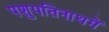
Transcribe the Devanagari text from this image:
पशुपतिनाथमें